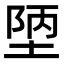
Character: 𭎴